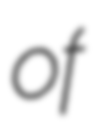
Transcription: of